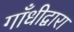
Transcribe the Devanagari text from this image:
गाँधीद्वारा